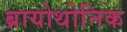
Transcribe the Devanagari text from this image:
ब्रायोथोनिक